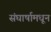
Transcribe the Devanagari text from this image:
संघार्षामधून